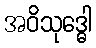
အဝိသုဒ္ဓေါ